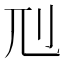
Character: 𠚯